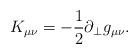
LaTeX: \begin{align*}K_{\mu\nu}=-\frac{1}{2}\partial_ {\perp}g_{\mu\nu}.\end{align*}